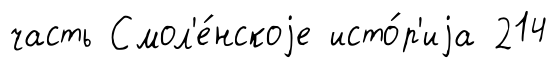
часть Смол'е́нскоjе исто́р'иjа 214